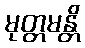
မုတ္တမန္တိ